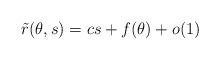
LaTeX: \begin{align*} \tilde{r}(\theta, s)=c s+ f(\theta)+o(1)\end{align*}